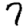
Digit: 7